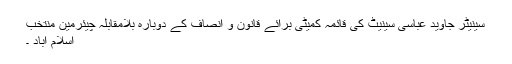
سینیٹر جاوید عباسی سینیٹ کی قائمہ کمیٹی برائے قانون و انصاف کے دوبارہ بلامقابلہ چیئرمین منتخب
اسلام آباد ۔